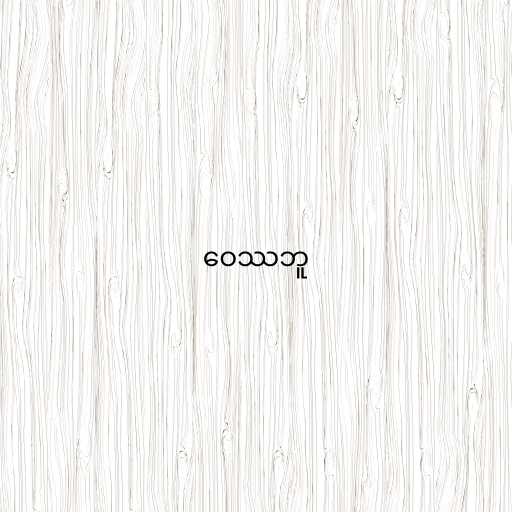
ဝေဿဘူ